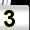
Digit: 3